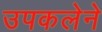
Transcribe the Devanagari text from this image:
उपकलेने